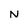
Character: N